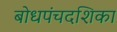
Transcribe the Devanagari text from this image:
बोधपंचदशिका